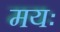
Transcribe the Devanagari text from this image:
मयः